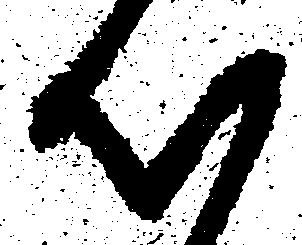
心